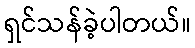
ရှင်သန်ခဲ့ပါတယ်။